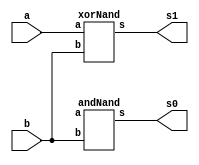
//-------------------------------------
//Guia 03
//Guilherme Lucindo dos Santos - 380766
//-------------------------------------

//-----------------------------
//-- Half adder com portas nand
//-----------------------------


module ex_03(s0,s1,a,b);

output s0,s1;
input a,b;
wire f1;

xorNand XOR1 (s1, a,b);
notNand NOT1 (fi, a);
andNand AND1 (s0,f1,b);

endmodule

module andNand (s,a,b);
 output s;
 input a,b;
 wire f1;
 
 nand NAND1 (f1, a, b);
 nand NAND2 (s, f1, f1);
 
 endmodule
 
 module xorNand (s, a, b);
 
 output s;
 input a, b;
 wire f1, f2, f3;
 
 nand NAND3 (f1, a, a);
 nand NAND4 (f2, f1, a);
 nand NAND5 (f3, f1, b);
 nand NAND6 (s, f2, f3);

endmodule

module notNand (s,a);
output s;
input a;

nand NAND7 (s, a, a);

endmodule

//-------------------
//-- teste half adder
//-------------------

module teste;

reg a,b;
wire s0,s1;

teste halfSubtractor(s0,s1,a,b);

initial begin

a=0; b=0;

end 

initial begin

$display("\n Exercicio 03 - Guilherme Lucindo dos Santos");
$display("\n Crcuito Meio subtrator");
$display("a - b = s0  s1");
$monitor("%d - %d = %d  %d", a, b, s0, s1);

#1 a = 0; b = 1;
#1 a = 1; b = 0;
#1 a = 1; b = 1;

end

endmodule